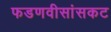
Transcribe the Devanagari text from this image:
फडणवीसांसकट